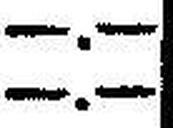
—.—